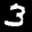
Label: 3